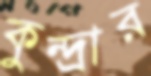
কুন্দ্রার